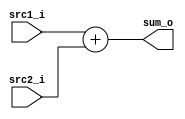
//Subject:     CO project 2 - Adder
//--------------------------------------------------------------------------------
//Version:     1
//--------------------------------------------------------------------------------
//Writer:      110550029
//----------------------------------------------
//Date:        
//----------------------------------------------
//Description: 
//--------------------------------------------------------------------------------
`timescale 1ns/1ps
module Adder(
    src1_i,
	src2_i,
	sum_o
	);
     
//I/O ports
input  [32-1:0]  src1_i;
input  [32-1:0]	 src2_i;
output [32-1:0]	 sum_o;

//Internal Signals
reg [32-1:0] sum_o;

//Parameter
    
//Main function
always @(src1_i, src2_i) begin
	sum_o=src1_i+src2_i;
end

endmodule